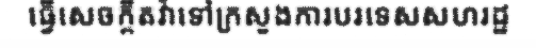
ធ្វើសេចក្តីតវ៉ាទៅក្រសួងការបរទេសសហរដ្ឋ